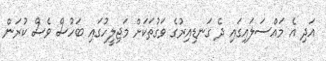
އަދި އެ މައްސަލައިގައި ދެ ގަނޑިއިރުގެ ވަގުތަކަށް މަޖިލީހުގައި ބަހުސް ވެސް ކުރަން